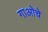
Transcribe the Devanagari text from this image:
गाओचे